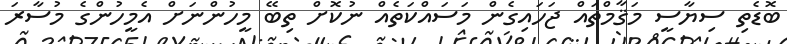
ބޮޑެތި ސިޔާސީ މަޤާމްތައް ޖަހައިގެން މަސައްކަތެއް ނުކޮށް ތިބޭ މީހުންނަށް އެމީހުންގެ މުސާރަ